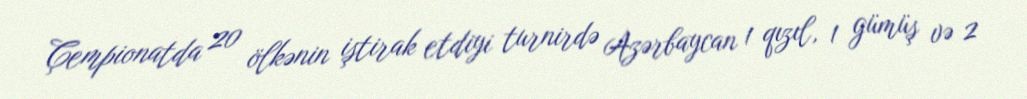
Çempionatda 20 ölkənin iştirak etdiyi turnirdə Azərbaycan 1 qızıl, 1 gümüş və 2